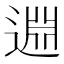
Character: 𨓯